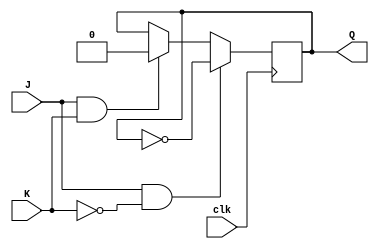
module jk_latch (
    input wire clk,
    input wire J,
    input wire K,
    output reg Q
);

always @(posedge clk) begin
    if (J & ~K)
        Q <= ~Q;
    else if (J & K)
        Q <= 1'b0;
    else if (~J & ~K)
        Q <= Q;
end

endmodule